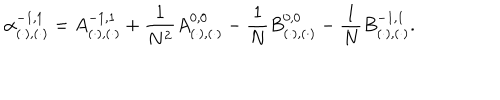
\alpha _ { ( \cdot ) , ( \cdot ) } ^ { - 1 , 1 } = A _ { ( \cdot ) , ( \cdot ) } ^ { - 1 , 1 } + \frac { 1 } { N ^ { 2 } } A _ { ( \cdot ) , ( \cdot ) } ^ { 0 , 0 } - \frac { 1 } { N } B _ { ( \cdot ) , ( \cdot ) } ^ { 0 , 0 } - \frac { 1 } { N } B _ { ( \cdot ) , ( \cdot ) } ^ { - 1 , 1 } .